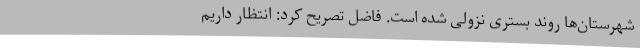
شهرستان‌ها روند بستری نزولی شده است. فاضل تصریح کرد: انتظار داریم